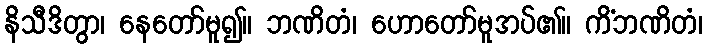
နိသီဒိတွာ၊ နေတော်မူ၍။ ဘဏိတံ၊ ဟောတော်မူအပ်၏။ ကိံဘဏိတံ၊